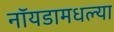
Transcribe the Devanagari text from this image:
नॉयडामधल्या